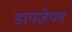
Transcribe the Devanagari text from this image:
डायज़ेपम